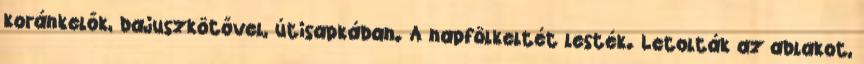
koránkelők, bajuszkötővel, útisapkában. A napfölkeltét lesték. Letolták az ablakot,